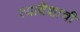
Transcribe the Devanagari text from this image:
त्यादेशाची